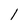
Character: l